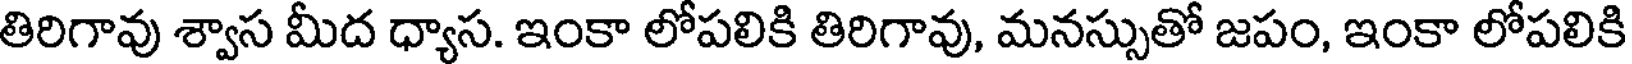
తిరిగావు శ్వాస మీద ధ్యాస. ఇంకా లోపలికి తిరిగావు, మనస్సుతో జపం, ఇంకా లోపలికి